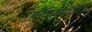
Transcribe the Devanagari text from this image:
कायसाधना